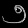
Digit: ၅